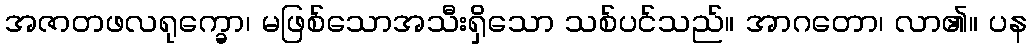
အဇာတဖလရုက္ခော၊ မဖြစ်သောအသီးရှိသော သစ်ပင်သည်။ အာဂတော၊ လာ၏။ ပန